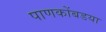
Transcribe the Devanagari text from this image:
पाणकोंबडया